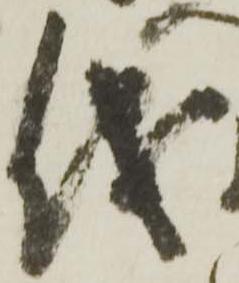
儀